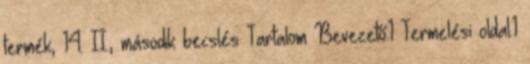
termék, 14. II., második becslés Tartalom Bevezető.1 Termelési oldal.1